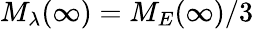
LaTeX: M_{\lambda}(\infty)=M_{E}(\infty)/3